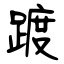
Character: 踱